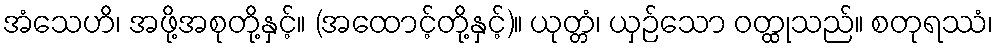
အံသေဟိ၊ အဖို့အစုတို့နှင့်။ (အထောင့်တို့နှင့်)။ ယုတ္တံ၊ ယှဉ်သော ဝတ္ထုသည်။ စတုရဿံ၊